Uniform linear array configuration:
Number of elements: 8
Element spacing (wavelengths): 0.25
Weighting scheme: uniform
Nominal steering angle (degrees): -60
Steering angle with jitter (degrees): -61.795
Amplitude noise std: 0.05
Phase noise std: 0.05

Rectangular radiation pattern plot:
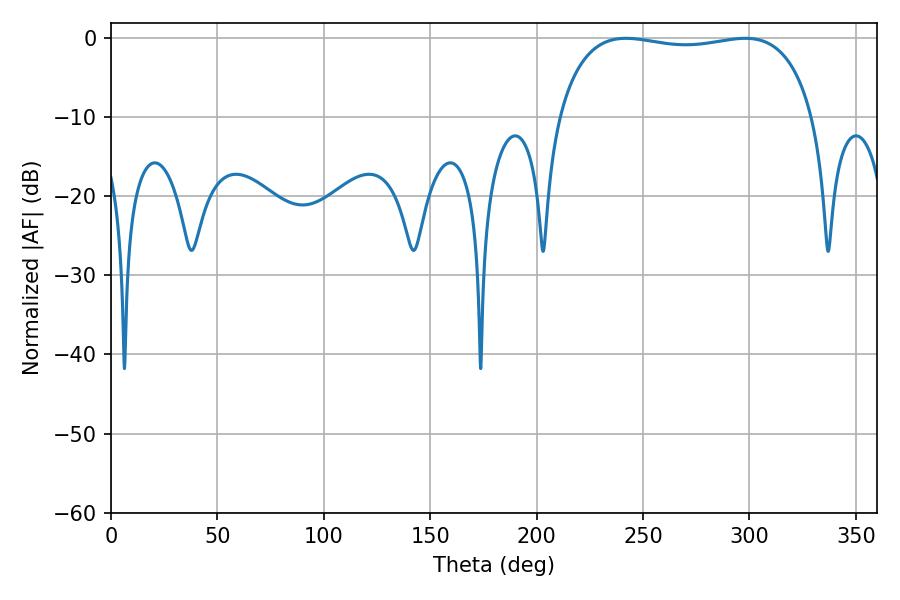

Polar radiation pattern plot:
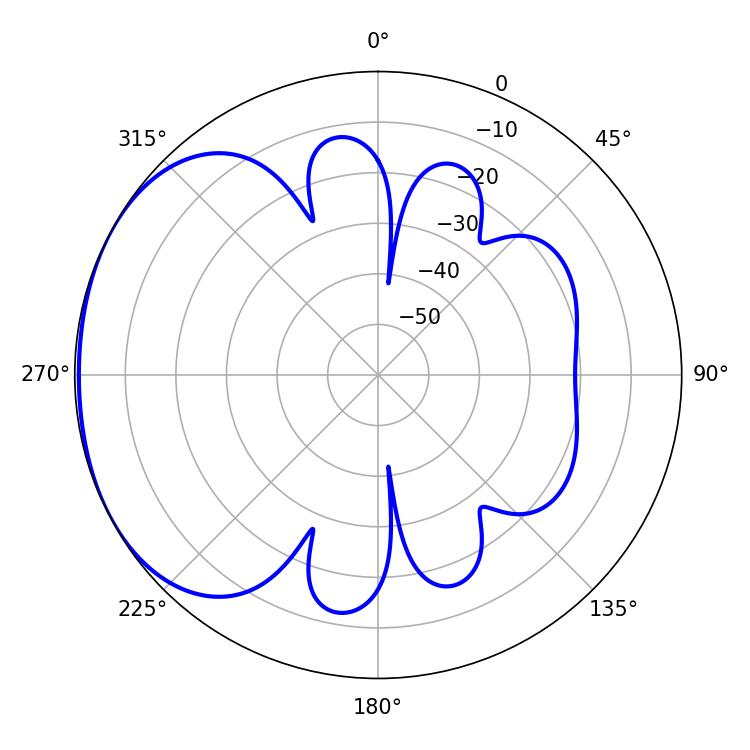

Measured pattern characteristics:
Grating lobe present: FALSE
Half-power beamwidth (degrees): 96.84
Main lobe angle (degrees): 241.92